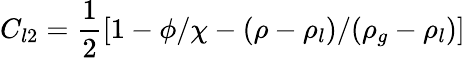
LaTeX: C_{l2}=\frac{1}{2}\left[1-\phi/\chi-(\rho-\rho_{l})/(\rho_{g}-\rho_{l})\right]